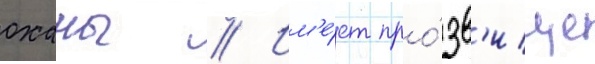
оханы // Им'е́ет про́зв'ище